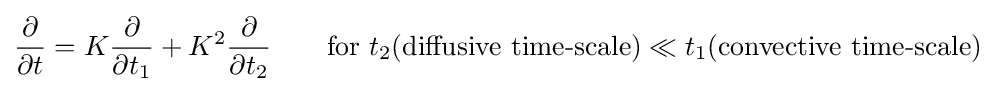
{\frac {\partial }{\partial t}}=K{\frac {\partial }{\partial t_{1}}}+K^{2}{\frac {\partial }{\partial t_{2}}}\qquad {\text{for }}t_{2}({\text{diffusive time-scale}})\ll t_{1}({\text{convective time-scale}})